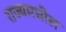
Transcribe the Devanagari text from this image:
राज्यमधील